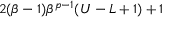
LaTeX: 2 ( \beta - 1 ) \beta ^ { p - 1 } ( U - L + 1 ) + 1